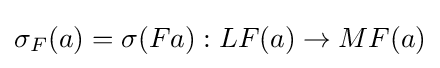
\sigma _{F}(a)=\sigma (Fa):LF(a)\to MF(a)